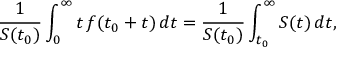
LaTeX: { \frac { 1 } { S ( t _ { 0 } ) } } \int _ { 0 } ^ { \infty } t \, f ( t _ { 0 } + t ) \, d t = { \frac { 1 } { S ( t _ { 0 } ) } } \int _ { t _ { 0 } } ^ { \infty } S ( t ) \, d t ,